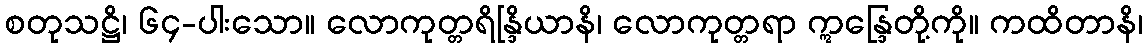
စတုသဋ္ဌိ၊ ၆၄-ပါးသော။ လောကုတ္တရိန္ဒြိယာနိ၊ လောကုတ္တရာ ဣန္ဒြေတို့ကို။ ကထိတာနိ၊